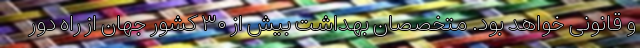
و قانونی خواهد بود. متخصصان بهداشت بیش از ۳۰ کشور جهان از راه دور